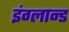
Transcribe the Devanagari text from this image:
इंग्लान्ड